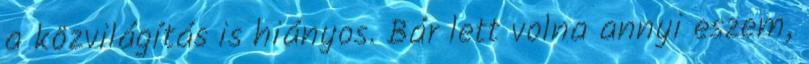
a közvilágítás is hiányos. Bár lett volna annyi eszem,